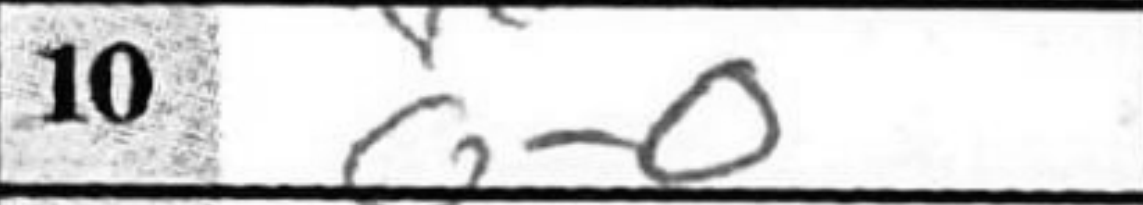
Transcription: O-O